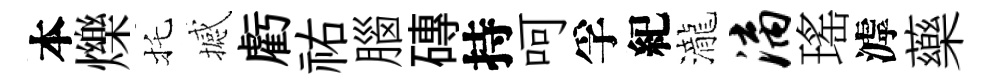
本爍托撼虧祐腦磚持呵孚紀瀧漓瑤滹藥